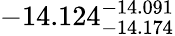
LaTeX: -14.124_{-14.174}^{-14.091}